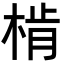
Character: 𣔨